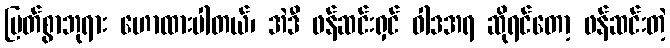
မြတ်စွာဘုရား ဟောထားပါတယ်၊ အဲဒီ ဖန်ဆင်းရှင် ဝါဒအရ ဆိုရင်တော့ ဖန်ဆင်းတဲ့